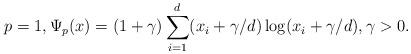
LaTeX: \begin{align*} p = 1, \Psi_p(x) = (1+\gamma)\sum_{i=1}^d (x_i + \gamma/d)\log(x_i + \gamma/d), \gamma > 0. \end{align*}